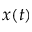
x ( t )